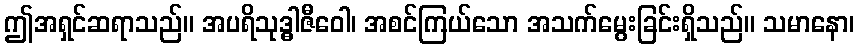
ဤအရှင်ဆရာသည်။ အပရိသုဒ္ဓါဇီဝေါ၊ အစင်ကြယ်သော အသက်မွေးခြင်းရှိသည်။ သမာနော၊